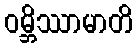
ဝမ္ဘိဿာမာတိ